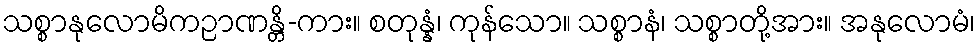
သစ္စာနုလောမိကဉာဏန္တိ-ကား။ စတုန္နံ၊ ကုန်သော။ သစ္စာနံ၊ သစ္စာတို့အား။ အနုလောမံ၊